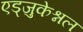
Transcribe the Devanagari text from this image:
एड्जुकेश्नल